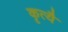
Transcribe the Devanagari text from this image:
कृत्यै